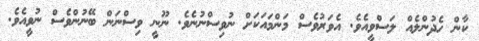
ކާން ހެދުންލެެއް ލަސްވީއެވެ. އެވަރުވެސް މަންމައަކަށް ނުވިސްނުނެވެ. ނޫނީ ވިސްނަން ބޭނުންވެސް ނުވީއެވެ.